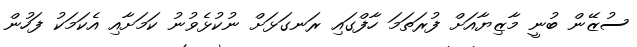
ސުޒޭން ބުނީ މާޒިޔާއަށް ފުރަތަމަ ހާފްގައި ރަނގަޅަށް ނުކުޅެވުނު ކަމަށާއި އެކަމަކު ފަހުން